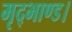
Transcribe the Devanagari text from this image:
मृद्भाण्ड।